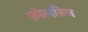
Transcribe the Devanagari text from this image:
क़ोलरिज